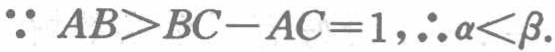
\(\because AB>BC - AC = 1,\therefore \alpha<\beta.\)